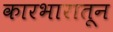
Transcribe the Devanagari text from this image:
कारभारातून